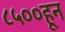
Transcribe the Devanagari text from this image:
८५००हून